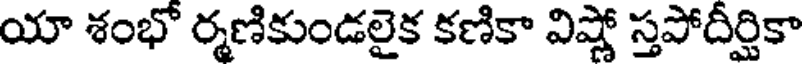
యా శంభో ర్మణికుండలైక కణికా విష్ణో స్తపోదీర్షికా